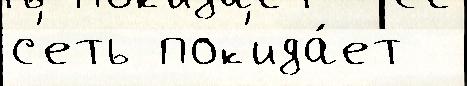
с'еть пок'ида́ет